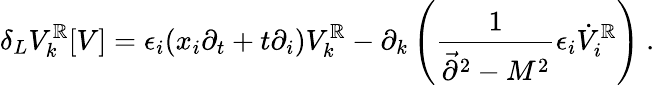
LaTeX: \delta_{L}V_{k}^{\mathbb{R}}[V]=\epsilon_{i}(x_{i}\partial_{t}+t\partial_{i})V_{k}^{\mathbb{R}}-\partial_{k}\left({\frac{{1}}{{\vec{{\partial}}^{2}-M^{2}}}}\epsilon_{i}\dot{{V}}_{i}^{\mathbb{R}}\right)~.